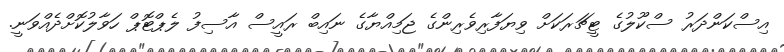
އިސްކަންދަރު ސްކޫލުގެ ޓީޗަރަކަށް ވިޔަފާރިވެރިންގެ ޖަމިއްޔާގެ ނައިބް ރައީސް އާސިފު ލެޕްޓޮޕް ހަވާލުކޮށްދެއްވަނީ.